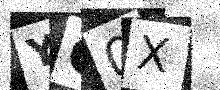
Text: YG0X